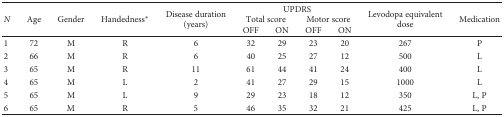
<table><thead><tr><td rowspan="3"><b><i>N</i></b></td><td rowspan="3"><b>Age</b></td><td rowspan="3"><b>Gender</b></td><td rowspan="3"><b>Handedness<sup>∗</sup></b></td><td rowspan="3"><b>Disease duration (years)</b></td><td colspan="4"><b>UPDRS</b></td><td rowspan="3"><b>Levodopa equivalent dose</b></td><td rowspan="3"><b>Medication</b></td></tr><tr><td colspan="2"><b>Total score</b></td><td colspan="2"><b>Motor score</b></td></tr><tr><td><b>OFF</b></td><td><b>ON</b></td><td><b>OFF</b></td><td><b>ON</b></td></tr></thead><tbody><tr><td>1</td><td>72</td><td>M</td><td>R</td><td>6</td><td>32</td><td>29</td><td>23</td><td>20</td><td>267</td><td>P</td></tr><tr><td>2</td><td>66</td><td>M</td><td>R</td><td>6</td><td>40</td><td>25</td><td>27</td><td>12</td><td>500</td><td>L</td></tr><tr><td>3</td><td>65</td><td>M</td><td>R</td><td>11</td><td>61</td><td>44</td><td>41</td><td>24</td><td>400</td><td>L</td></tr><tr><td>4</td><td>65</td><td>M</td><td>L</td><td>2</td><td>41</td><td>27</td><td>29</td><td>15</td><td>1000</td><td>L</td></tr><tr><td>5</td><td>65</td><td>M</td><td>L</td><td>9</td><td>29</td><td>23</td><td>18</td><td>12</td><td>350</td><td>L, P</td></tr><tr><td>6</td><td>65</td><td>M</td><td>R</td><td>5</td><td>46</td><td>35</td><td>32</td><td>21</td><td>425</td><td>L, P</td></tr></tbody></table>